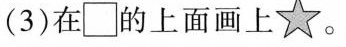
(3)在□的上面画上☆。